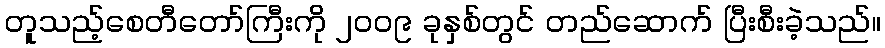
တူသည့်စေတီတော်ကြီးကို ၂၀၀၉ ခုနှစ်တွင် တည်ဆောက် ပြီးစီးခဲ့သည်။